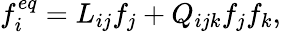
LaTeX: f_{i}^{eq}=L_{ij}f_{j}+Q_{ijk}f_{j}f_{k},